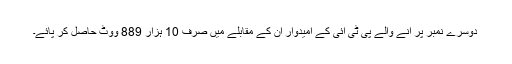
دوسرے نمبر پر آنے والے پی ٹی آئی کے امیدوار ان کے مقابلے میں صرف 10 ہزار 889 ووٹ حاصل کر پائے۔